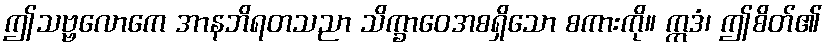
ဤသဗ္ဗလောကေ အာနဘိရတသညာ သိက္ခာဝေအစရှိသော စကားကို။ ဣဒံ၊ ဤစိတ်၏